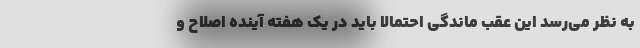
به نظر می‌رسد این عقب ماندگی احتمالا باید در یک هفته آینده اصلاح و